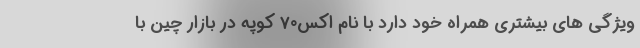
ویژگی های بیشتری همراه خود دارد با نام اکس70 کوپه در بازار چین با